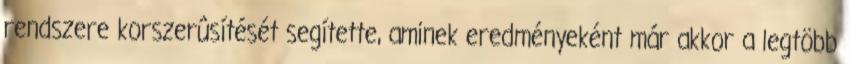
rendszere korszerûsítését segítette, aminek eredményeként már akkor a legtöbb